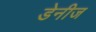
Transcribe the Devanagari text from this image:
डेनीज